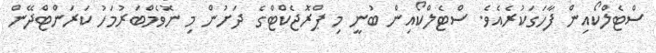
ސްޓެލްކޯއިން ފާހަގަކުރެއެވެ. ސްޓެލްކޯއިން ބުނީ މި ޕްރޮޖެކްޓްގެ ދަށުން މި ނޮވެމްބަރުމަހު ކަރަންޓްދޭން